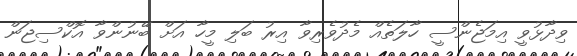
ވިދާޅުވީ އިމަޖެންސީ ހާލަތެއް މެދުވެރިވާ އިރު ބަލި މީހާ އަށް ބޭނުންވާ އޮކްސިޖަން